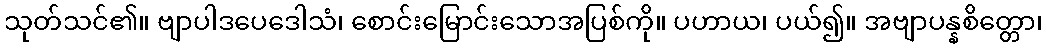
သုတ်သင်၏။ ဗျာပါဒပေဒေါသံ၊ စောင်းမြောင်းသောအပြစ်ကို။ ပဟာယ၊ ပယ်၍။ အဗျာပန္နစိတ္တော၊